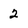
Character: 2